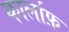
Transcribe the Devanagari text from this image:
कार्लाफ़